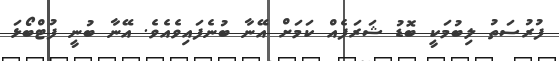
ފުރުސަތު ލިބުމަކީ ބޮޑު ޝަރަފެއް ކަމަށް އޭނާ ބުނެފައިވެއެވެ. އޭނާ ބުނީ ފުޓްބޯޅަ